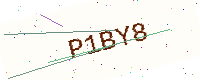
Text: P1BY8